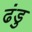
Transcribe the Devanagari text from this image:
ढंडु